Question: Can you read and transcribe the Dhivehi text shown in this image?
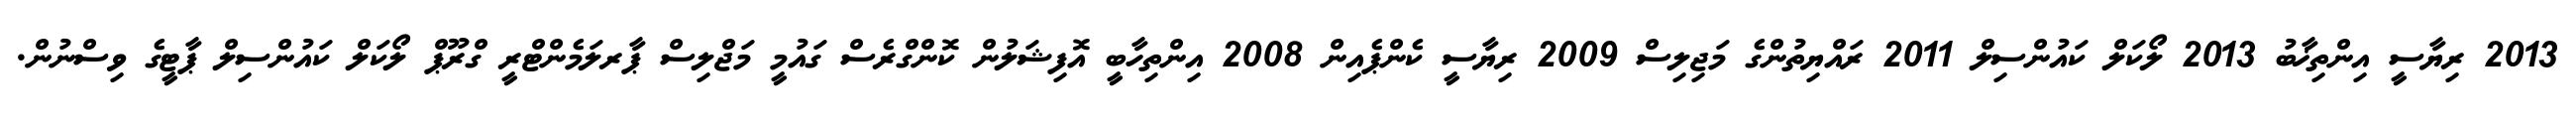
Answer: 2013 ރިޔާސީ އިންތިޚާބު 2013 ލޯކަލް ކައުންސިލް 2011 ރައްޔިތުންގެ މަޖިލިސް 2009 ރިޔާސީ ކެންޕެއިން 2008 އިންތިހާބީ އޮފިޝަލުން ކޮންގްރެސް ގައުމީ މަޖްލިސް ޕާރލަމެންޓްރީ ގްރޫޕް ލޯކަލް ކައުންސިލް ޕާޓީގެ ވިސްނުން.